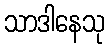
သာဒါနေသု